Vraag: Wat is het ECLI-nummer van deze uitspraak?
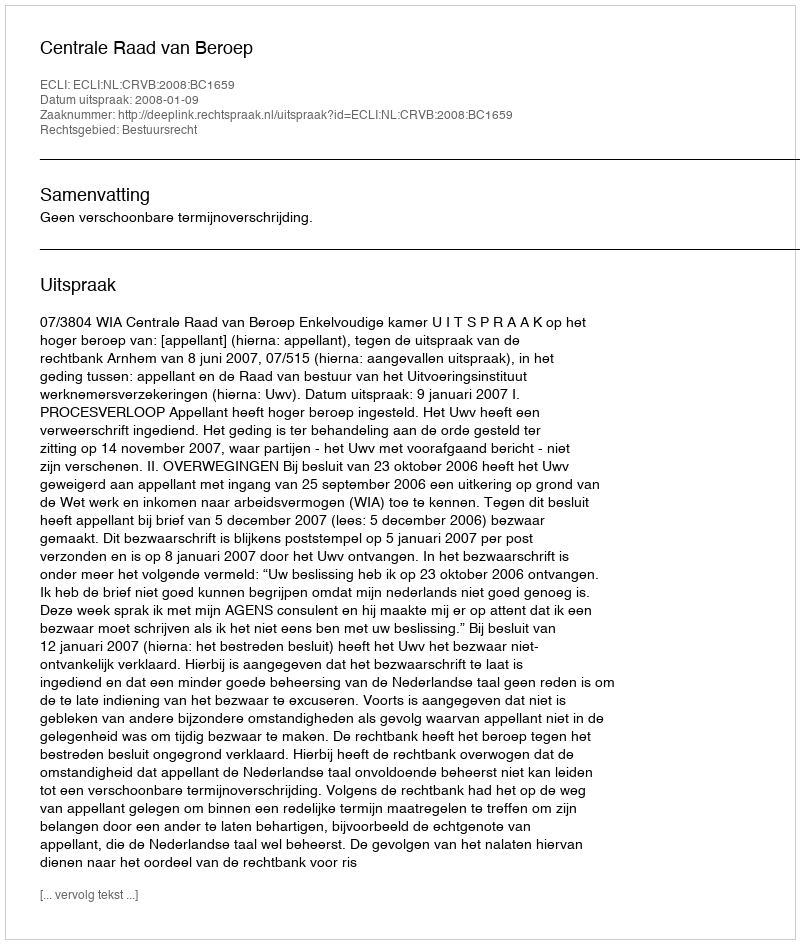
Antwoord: ECLI:NL:CRVB:2008:BC1659